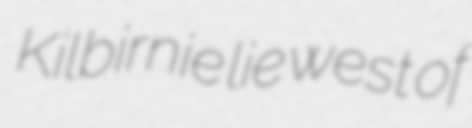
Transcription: Kilbirnie lie west of